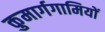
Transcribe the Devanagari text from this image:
कुमार्गगामियों